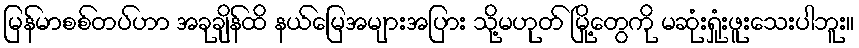
မြန်မာစစ်တပ်ဟာ အခုချိန်ထိ နယ်မြေအများအပြား သို့မဟုတ် မြို့တွေကို မဆုံးရှုံးဖူးသေးပါဘူး။